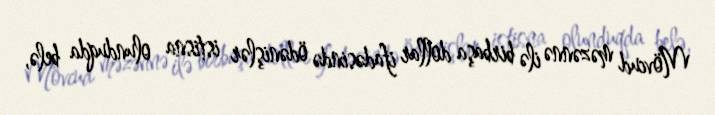
Mövcud məzənnə ilə birbaşa dollar ifadəsində ödənişlər istisna olunduqda belə,